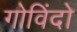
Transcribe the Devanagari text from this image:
गोविंदो